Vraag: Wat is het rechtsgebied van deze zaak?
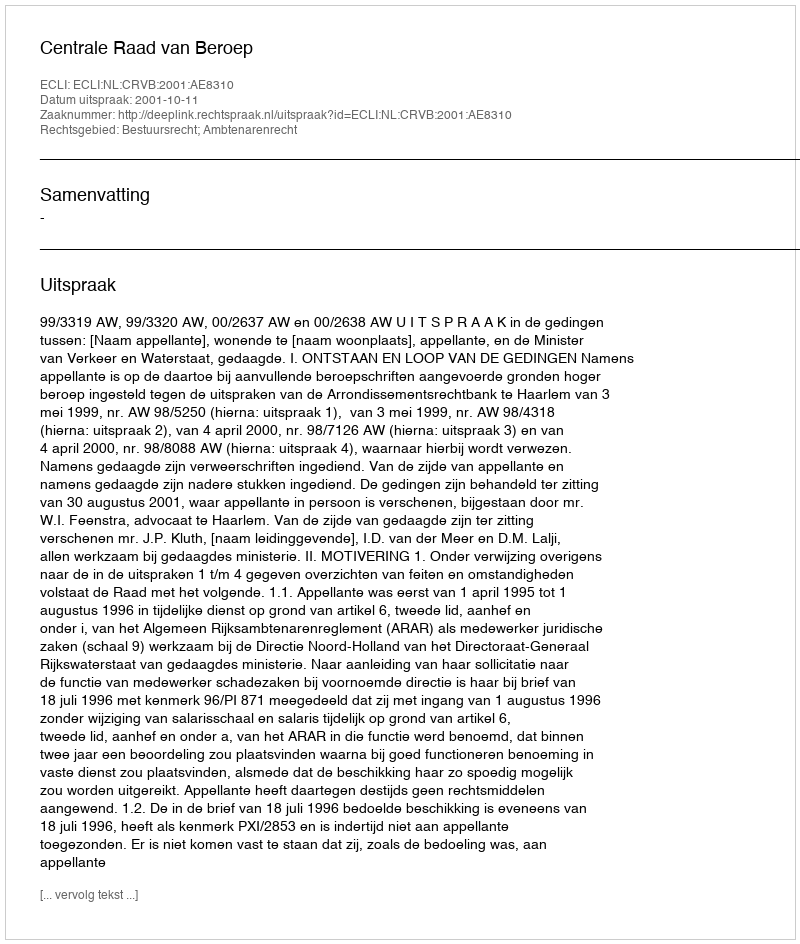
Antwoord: Bestuursrecht; Ambtenarenrecht